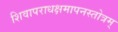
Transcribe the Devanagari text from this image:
शिवापराधक्षमापनस्तोत्रम्